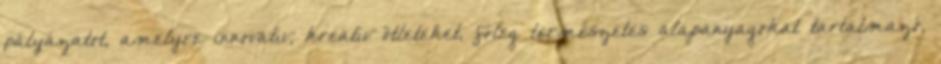
pályázatot, amelyre innovatív, kreatív ötleteket, főleg természetes alapanyagokat tartalmazó,